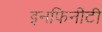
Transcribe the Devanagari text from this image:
इनफिनीटी